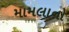
મામલાનો